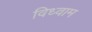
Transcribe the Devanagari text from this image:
विध्वाम